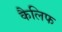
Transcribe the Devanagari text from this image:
कैलिफ